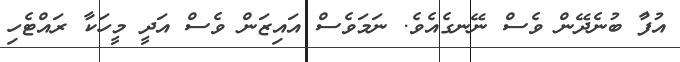
އުފާު ބުނެދޭން ވެސް ނޭނގެއެވެ. ނަމަވެސް އައިޒަން ވެސް އަދީ މީހަކާ ރައްޓެހި